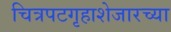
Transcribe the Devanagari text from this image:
चित्रपटगृहाशेजारच्या